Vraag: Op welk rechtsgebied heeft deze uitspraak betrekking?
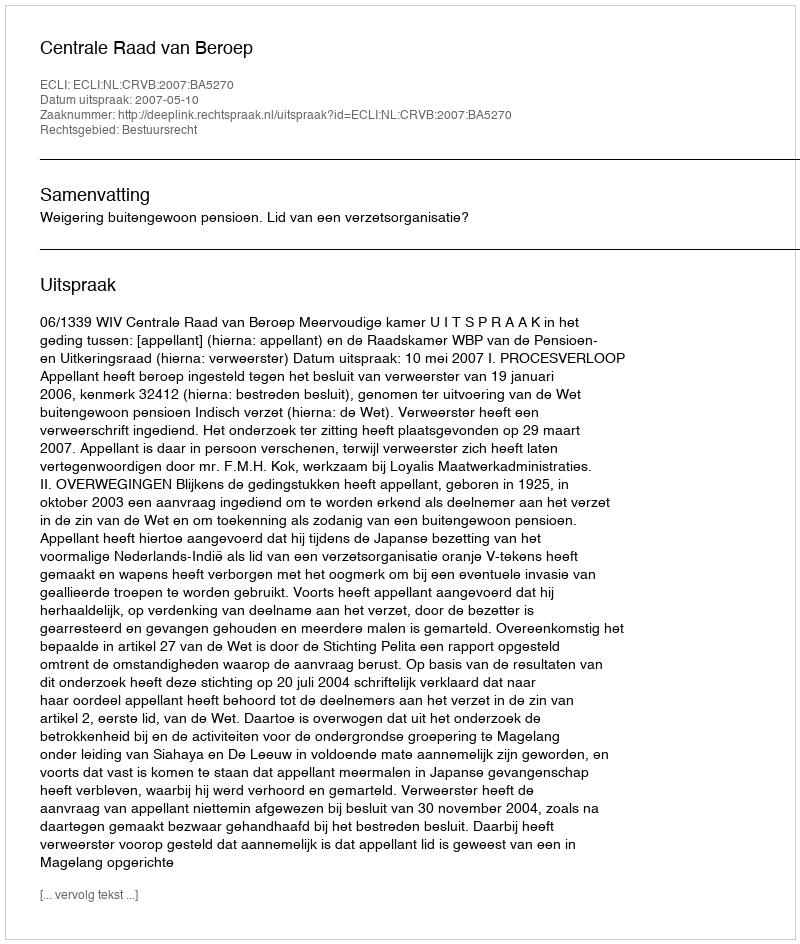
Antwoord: Bestuursrecht